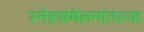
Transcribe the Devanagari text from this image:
स्नेहसंमेलनांतल्या